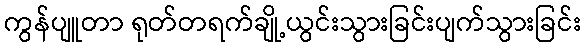
ကွန်ပျူတာ ရုတ်တရက်ချို့ယွင်းသွားခြင်းပျက်သွားခြင်း